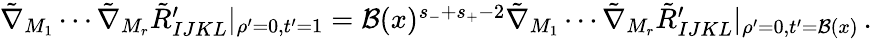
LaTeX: \begin{array}{r}{\tilde{\nabla}_{M_{1}}\cdots\tilde{\nabla}_{M_{r}}\tilde{R}_{IJKL}^{\prime}|_{\rho^{\prime}=0,t^{\prime}=1}={\cal B}(x)^{s_{-}+s_{+}-2}\tilde{\nabla}_{M_{1}}\cdots\tilde{\nabla}_{M_{r}}\tilde{R}_{IJKL}^{\prime}|_{\rho^{\prime}=0,t^{\prime}={\cal B}(x)}\, .}\end{array}